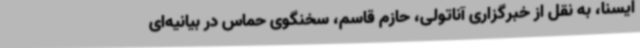
ایسنا، به نقل از خبرگزاری آناتولی، حازم قاسم، سخنگوی حماس در بیانیه‌ای